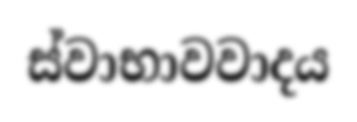
ස්වාභාවවාදය